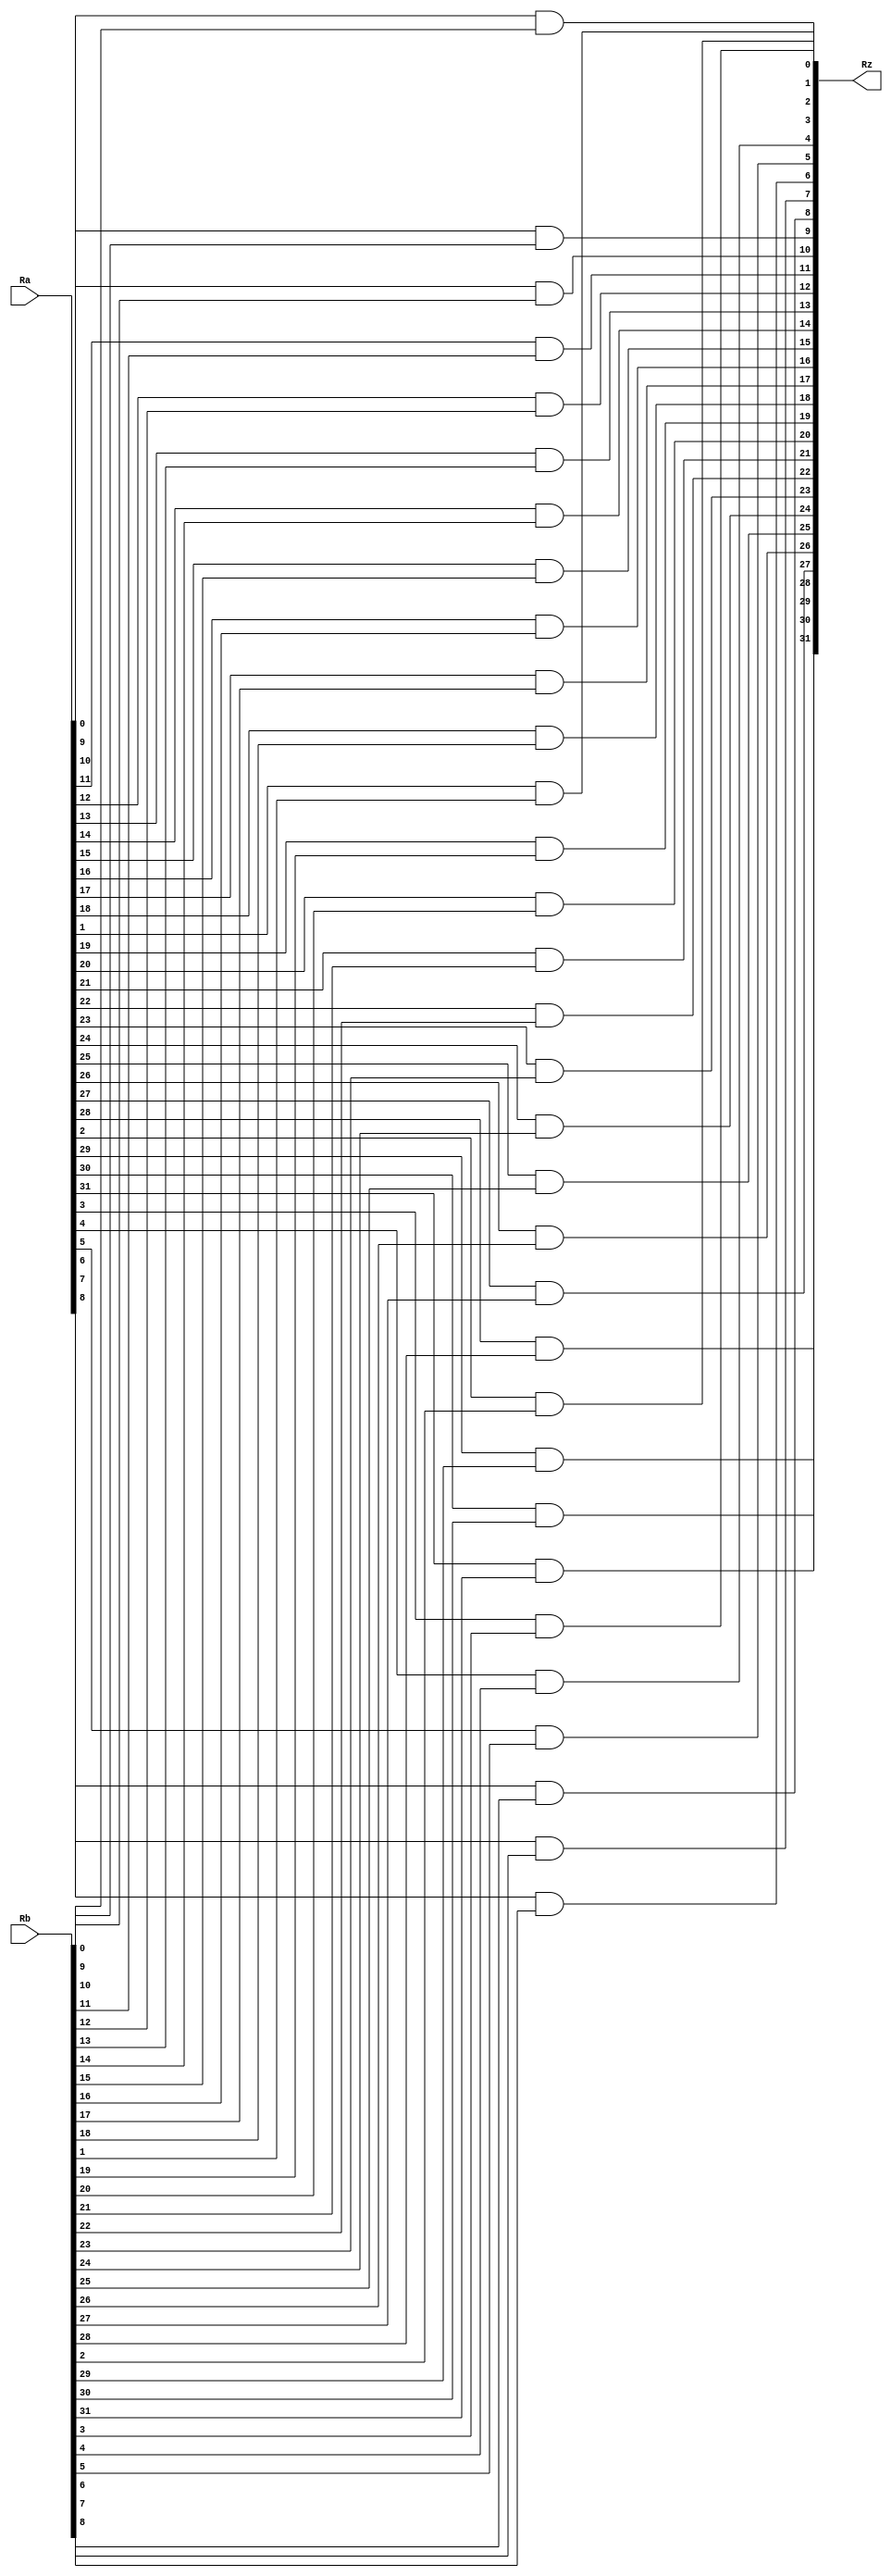
module and_32_bit(
	input wire [31:0] Ra,
	input wire [31:0] Rb,
	output wire [31:0] Rz
	);
	
	genvar i;
	generate
		for (i=0; i<32; i=i+1) begin : loop
			assign Rz[i] = ((Ra[i])&(Rb[i]));
		end
	endgenerate
endmodule